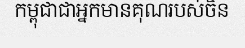
កម្ពុជាជាអ្នកមានគុណរបស់ចិន